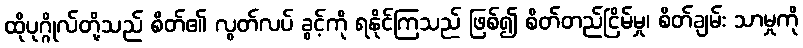
ထိုပုဂ္ဂိုလ်တို့သည် စိတ်၏ လွတ်လပ် ခွင့်ကို ရနိုင်ကြသည် ဖြစ်၍ စိတ်တည်ငြိမ်မှု၊ စိတ်ချမ်း သာမှုကို